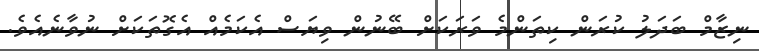
ނިޒާމް ބަދަލު ކުރަން ކިތަންމެ ވަރަކަށް ބޭނުން ވިޔަސް އެކަމެއް އެގޮތަކަށް ނުވާނެއެވެ.